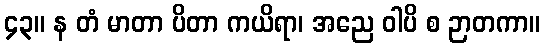
၄၃။ န တံ မာတာ ပိတာ ကယိရာ၊ အညေ ဝါပိ စ ဉာတကာ။